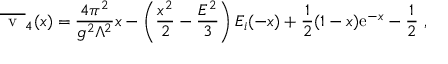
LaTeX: \overline { { { \mathrm { \Large ~ v ~ } } } } _ { 4 } ( x ) = { \frac { 4 \pi ^ { 2 } } { g ^ { 2 } \Lambda ^ { 2 } } } x - \left( { \frac { x ^ { 2 } } { 2 } } - { \frac { { \cal E } ^ { 2 } } { 3 } } \right) E _ { i } ( - x ) + { \frac { 1 } { 2 } } ( 1 - x ) { \mathrm e } ^ { - x } - { \frac { 1 } { 2 } } \ ,